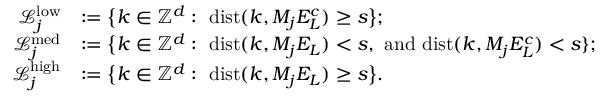
\begin{array} { r } { \begin{array} { r l } { \mathcal { L } _ { j } ^ { \mathrm { l o w } } } & { : = \big \{ k \in \mathbb { Z } ^ { d } : \ \mathrm { d i s t } ( k , M _ { j } E _ { L } ^ { c } ) \geq s \big \} ; } \\ { \mathcal { L } _ { j } ^ { \mathrm { m e d } } } & { : = \big \{ k \in \mathbb { Z } ^ { d } : \ \mathrm { d i s t } ( k , M _ { j } E _ { L } ) < s \mathrm { , ~ a n d ~ } \mathrm { d i s t } ( k , M _ { j } E _ { L } ^ { c } ) < s \} ; } \\ { \mathcal { L } _ { j } ^ { \mathrm { h i g h } } } & { : = \big \{ k \in \mathbb { Z } ^ { d } : \ \mathrm { d i s t } ( k , M _ { j } E _ { L } ) \geq s \big \} . } \end{array} } \end{array}